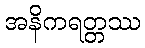
အနိကရတ္တဿ